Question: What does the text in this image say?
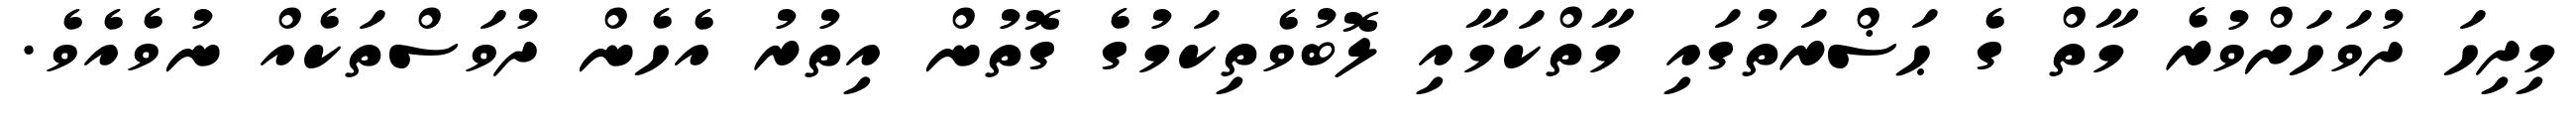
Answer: މިދިހަ ދުވަހަށްވުރެ މާތް ގެ ޙަޟްރަތުގައި މާތްކަމާއި ލޮބުވެތިކަމުގެ ގޮތުން އިތުރު އެހެން ދުވަސްތަކެއް ނުވެއެވެ.